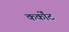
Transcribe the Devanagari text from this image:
कर्कोंट